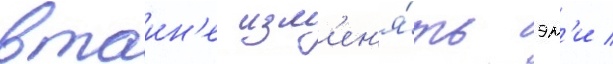
втаин'е изм'ен'я́ть эм'и /